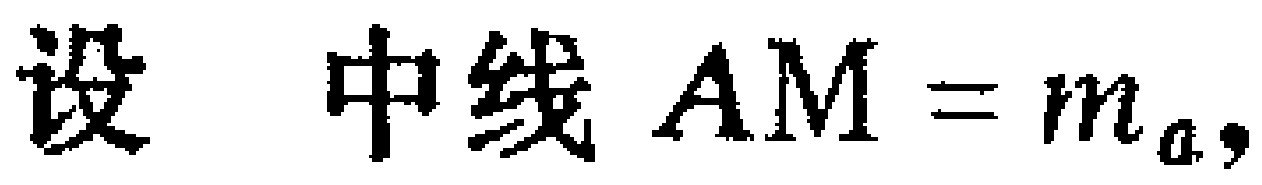
设中线 \(AM = m_{a},\)